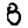
Digit: 8